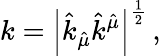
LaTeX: k=\left|\hat{k}_{\hat{\mu}}\hat{k}^{\hat{\mu}}\right|^{\frac{1}{2}}\, ,